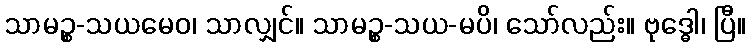
သာမဉ္စ-သယမေဝ၊ သာလျှင်။ သာမဉ္စ-သယ-မပိ၊ သော်လည်း။ ဗုဒ္ဓေါ၊ ပြီ။